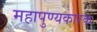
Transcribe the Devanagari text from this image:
महापुण्यकारक